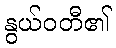
နွယ်ဝတီ၏